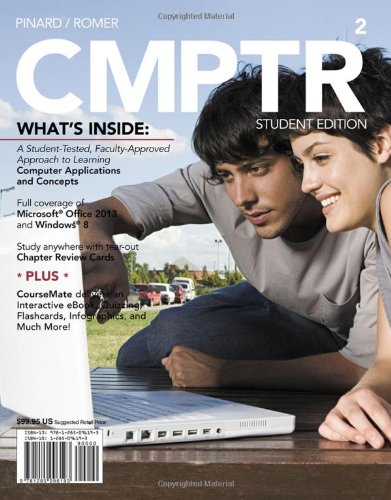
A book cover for CMPTR 2; Katherine T. Pinard; Computers & Technology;